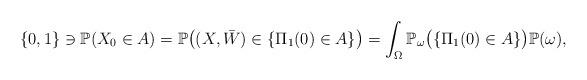
LaTeX: \begin{align*}\{0,1\} \ni \mathbb{P}(X_0 \in A) = \mathbb{P}\big((X,\bar{W})\in \{\Pi_1(0) \in A\}\big) = \int_{\Omega}\mathbb{P}_{\omega}\big(\{\Pi_1(0)\in A\}\big)\mathbb{P}(\omega),\end{align*}